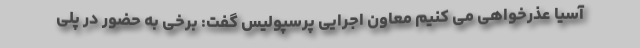
آسیا عذرخواهی می کنیم معاون اجرایی پرسپولیس گفت: برخی به حضور در پلی